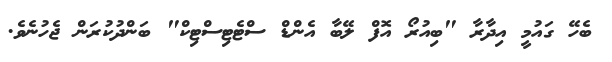
ބެހޭ ގައުމީ އިދާރާ "ބިއުރޯ އޮފް ލޭބާ އެންޑް ސްޓެޓިސްޓިކް" ބަންދުކުރަން ޖެހުނެވެ.